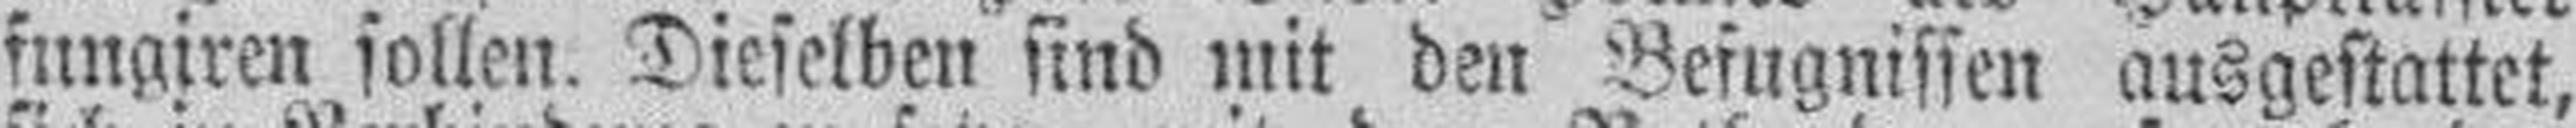
fungiren sollen. Dieselben sind mit den Befugnissen ausgestattet,